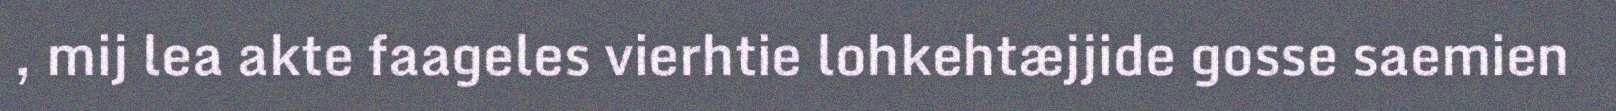
, mij lea akte faageles vierhtie lohkehtæjjide gosse saemien